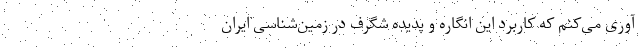
آوری می‌کنم که کاربرد این انگاره و پدیده شگرف در زمین‌شناسی ایران